Vital statistics of India. Vol. IV, Annual returns from 1871 to 1876. British Army of India, Native Army and jails of Bengal
Year: 1871
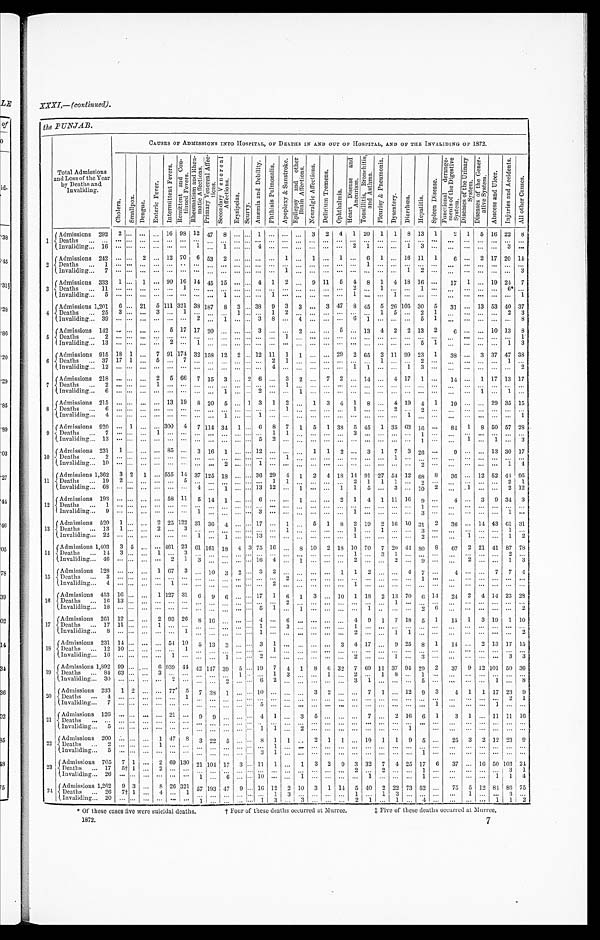
the PUNJAB,
Total Admissions
and Loss of the Year
by Deaths and
Invaliding.
CAUSES OF ADMISSIONS INTO HOSPITAL, OF DEATHS IN AND OUT OF HOSPITAL, AND OF THE INVALIDING OF 1872.
Chol e r a . S ma l l p o x . D e n g u e .
E n t e r i c F e v e r .
I n t e r m i t t e n t F e v e r s .
R e m i t t e n t a n d C o n t i n u e d F e v e r s .
R h e u m a t i s m a n d R h e u m a t i c A f f e c t i o n s . P r i m a r y V e n e r e a l A f f e c t i o n s . S e c o n d a r y V e n e r e a l A f f e c t i o n s .
E r y s i p e l a s .
S c u r v y .
A n æ m i a a n d D e b i l i t y .
P h t h i s i s P u l m o n a l i s .
A p o p l e x y & S u n s t r o k e . E p i l e p s y a n d o t h e r B r a i n A f f e c t i o n s .
N e u r a l g i c A f f e c t i o n s .
D e l i r i u m T r e m e n s .
Op t h a l mi a .
H e a r t D i s e a s e a n d A n e n r i s m .
T o n s i l l i t i s , B r o n c h i t i s , a n d A s t h m a .
P l e u r i s y & P n e u m o n i a .
D y s e n t r y . D i a r r h œ a .
H e p a t i t i s .
S p l e e n D i s e a s e .
F u n c t i o n a l d e r a n g e m e n t s o f t h e D i g e s t i v e S y s t e m .
D i s e a s e s o f t h e U r i n a r y S y s t e m .
D i s e a s e s o f t h e G e n e r a t i v e S y s t e m .
A b s c e s s a n d U l c e r .
I n j u r i e s a n d A c c i d e n t s .
A l l o t h e r C a u s e s .
1 Admissions 292 2 ... ... ... 16 98 12 47 8 ... ... 1 ... ... ... 3 2 4 1 20 1 1 8 13 1
2 1 5 16 22 8
D e a t h s
. . .
... ...
. . . . . .
...
. . . . . .
. . . . . . . . . . . . . . . . . . . . . . . . . . . . . . ...
. . . . . .
. . . . . . . . .
. . . . . .
. . . . . . . . . . . . . . . ...
I n v a l i d i n g
1 6
.... .... . . . . . . .
...
. . . 1
. . . 1 . . . . . . 4
. . . . . . . . . . . . . . . ...
2
1
. . . . . . 1
3
. . .
. . . . . . . . . . . . 3 ...
2 Admissions 242 ... ... 2 ... 12 70 6 53 2 ... ... ... ... 1 ... 1 ... 1 ... 6 1 ... 16 11 1
6
. . . 2 17 20 14
D e a t h s
1 ... ...
. . . . . .
...
. . . . . .
. . . . . . . . . . . . . . . . . . . . . . . . . . . . . . ... . . . 1
. . . . . . . . .
. . . . . .
. . . . . . . . . . . . . . . ...
I n v a l i d i n g
7 ... ...
. . . . . .
...
. . . . . .
. . . . . . . . . . . . . . . . . . 1
. . . . . . . . . ... . . . . . .
. . . . . . 1
2
. . .
. . . . . . . . . . . . . . . 3
3 Admissions 333 1 ... 1 ... 90 16 14 45 15 ... ... 4 1 2 ... 9 11 5
4 8 1 4 18 16 ...
17 1 ... 19 24 7
D e a t h s
1 1
... ...
. . . . . .
...
1
. . . . . . . . . . . . . . . . . . . . . . . . . . . . . . . . . ... 2
. . .
1 . . . . . .
1
. . .
. . . . . . . . . . . . 6 * ...
I n v a l i d i n g
5 ... ...
. . . . . .
...
. . .
. . . . . . 1 . . . . . . . . . 1
. . . . . . . . . . . . ... 1
. . .
. . . 1 . . .
. . . . . .
. . . . . . . . . . . . . . . 1
4
Admissions 1,201 6 ... 21 5 111 321 38 187 8 3 . . . 38 9 3 3 ... 3 47 8 45 5 26 105 30 5
31 ... 13 53 40 37
Deaths
25 3 ...
. . . 3 ... 1 . . .
. . . . . . 1 . . . . . . 1 2
. . . . . . . . . ... ...
. . . 1
5 ... 2 1
. . . . . . . . . ... 2 3
I n v a l i d i n g
3 9
... ...
. . . . . .
...
. . . 2
. . . 1 . . . . . . 3
8
. . . 4
. . . . . . ...
6
1
. . . . . . . . .
5
1
. . . . . . . . . . . . . . . 8
5 Admissions 142 ... ... ... ... 5 17 17 20
. . . ... ... 3 ...
. . . 2 ... . . . 5 ... 13 4 2 2 13 2
6
. . . ... 10 13 8
Deat hs
2 ... ...
. . . . . . ... . . . . . .
. . . . . . . . . . . . . . . . . . 1 . . . ... ... ...
. . . ...
. . . . . . . . .
. . . . . . . . .
. . . . . . . . . . . . 1
I n v a l i d i n g
1 3
... ...
. . . . . . 2
. . . 1
. . . . . . . . . . . . . . . . . . . . . . . . . . . . . . ...
. . . . . .
. . . . . . . . .
5
1
. . .
. . . . . . . . . 1 3
6 Admissions 915 18 1 ... 7 91 174 32 158 12 2 ... 12 11 1 1 ... ... 29 2 65 2 11 99 23 1 38 ... 3 37 47 38
Deaths
37 17 1 ... 5 ... 7 ... ... ... ... ... ... 2 1 ...
. . . ... ... ...
. . . 1
. . . . . . 2
. . .
. . . . . . . . . . . . 1 ...
Invaliding
12 ... ...
. . . . . .
...
. . . . . .
. . . . . . . . . . . . . . . 4
. . . . . . ... ... ...
1
1
. . . . . . 1
3
. . .
. . . . . . . . . . . . . . . 2
7 Admissions 218 ... ...
. . . 2 5 66 7 15 3 ... 2 6
. . . 3 2 ... 7 2 ... 14 ... 4 17 1 ...
14 ... 1 17 13 17
Deaths
2 ... ...
. . . 1 ... . . .
. . . . . . . . . . . . . . . . . . . . . 1 ... ... ... ... ... ...
. . . . . . ... ... ...
. . . ... ... ... ... ...
I n v a l i d i n g
6 ... ...
. . . . . . ... . . .
. . . . . . 1 . . . . . . 2
. . . . . . 1
. . . . . . ...
. . . . . .
. . . . . . . . .
. . . . . .
. . . . . . 1
. . . 1 ...
8
Admissions 215 ... ...
. . . . . . 13 19 8 20 5
. . . 1 3 1 2
. . . 1 3 4 1 8 ... 4 19 4 1
19 ... ... 29 35 15
Deaths
6 ... ...
. . . . . . .
...
. . .
. . . . . . . . . ... . . . . . . . . . 1 . . .
. . . ... ... 1
. . .
. . . 2
. . .
2
. . .
. . . . . .
. . . ... ... ...
I n v a l i d i n g
4 ... ...
. . . . . .
...
. . .
. . . . . . 1 . . . . . . 1
. . . . . . . . . . . . . . . ...
. . . . . .
. . . . . . 1
. . . . . .
. . . . . . . . . . . . . . .
1
9
Admissions 920 ... 1
. . . ... 300 4 7 114 34 1 ... 6 8 7 1 5 1 38 5 45 1 35 63 16 ...
84 1 8 50 57 28
D e a t h s
7 ... ...
. . . 1 ...
. . .
. . . . . . . . . . . . . . . . . . 1
1
. . . . . . . . . ...
3
. . .
. . . . . . . . .
1
. . .
. . . . . . . . . . . . . . . ...
Invaliding
13 ... ... ... ... ...
. . . ... ...
. . . . . . . . . 5 2 ...
. . . . . . . . . ...
. . . . . .
. . . . . . . . . l
. . .
. . . 1 ... 1 . . . 3
10 Admissions 231 1 ... ... ... 85
. . . 3 16 1 ... ... 12 ... ...
. . . 1 1 2 ... 3 1 7 3 26 ...
9 ... ... 13 30 17
D e a t h s
2 ......
. . . . . .
...
. . .
. . . . . . . . . . . . . . . . . . . . . 1
. . . . . . . . . ... . . . . . .
. . . 1 . . .
. . . . . .
. . . . . . . . . ... ... ...
I n v a l i d i n g
1 0 ......
. . . . . .
...
. . .
. . . . . . 2 . . . . . . 1
. . . . . . . . . . . . ... ... ... ...
. . . ...
. . .
2
. . .
. . . . . . . . . . . . 1 4
11 Admissions 1,362 3 2 1 ... 555 14 37 125 18 ... ... 36 29 4 1 2 4 18 14 91 27 54 12 68 8
36 ... 12 52 44 95
D e a t h s
1 9 2...
. . . . . .
...
5
. . . . . . . . . . . . . . . . . . 1
1
. . . . . . . . . ...
2
1
1 1 . . .
2
. . .
. . . . . . . . . . . . 2 1
Invaliding
68 ... ... ...
. . . ...
. . . 4 ... 1 ... ... 13 12 ... 1 ... ... 1 1 5 ... 3 ... 10 2
. . . 1
. . . . . . 2 12
12
Admissions 193 ... ...
. . . . . . 58 11 5
1 4 1 . . . . . . 6
. . . . . . 1
. . . . . . 2 1
4
1 11 16
9
. . .
4 . . . 3 9
3 4 3
Deaths
1
... ... ...
... ... ...
. . . . . . . . . ... ... ...
. . . ...
. . . ... ... ... . . . . . . . . .
. . . . . . 1 ...
. . . . . . . . .
. . . . . . ...
Invaliding 9 ... ...
. . . . . .
...
. . .
1 . . . ... ... . . . 3
. . . . . . . . . . . . . . . ... 1
. . .
. . . . . . . . .
3
. . .
. . . . . . . . . . . . 1 ...
13
Admissions 520 1 ...
. . . 2 25 122 31 36 4 . . . ... 17 ... 1
. . . 5 1 8 2 19 2 16 10
3 1 2
36 ... 14 43 61 31
Deaths
13 1 ....
. . . 2 ... 3
. . . . . . . . . . . . . . . . . . . . . 1
. . . . . . ... ...
1
. . .
1 . . . . . .
3
. . .
. . . . . . . . . . . . 1
. . .
I n v a l i d i n g
2 2 ... ...
. . . . . .
...
. . .
1 . . . 1 . . . . . . 1 3 . . . . . . . . . . . . . . . ...
1
. . .
. . . . . . . . .
2
. . .
. . . 1
. . . . . . 1 2
14
Admissions 1,403 3 5 ... ... 461 23 61 161 18 4 3 75 16 ... 8 10 2 18 10 70 7 20 44
8 0 8
67 2 21 41 87 78
D e a t h s 14 3 ... ... 1 ... 3 ...
. . . . . . . . . . . . . . . . . . . . . . . . . . . . . . ...
1
. . .
3 1 . . .
. . . . . .
. . . . . . . . . . . . 2 ...
I n v a l i d i n g
4 6 ......
. . . . . .
2
1
3 . . . . . . . . . . . . 1 6 4
. . . 1
. . . . . . ...
2
. . .
. . . 2 . . .
9
. . .
. . . 2 ... ... 1 3
15
Admissions 128 ... ... ... 1 67 3
. . . 10 3 2 ... 3 2
. . . . . . . . . . . . 1 1 2
. . . . . . 4 7 ...
4
. . . ... 7 7 4
Deaths
3 ... ...
. . . ... ... ...
...
...
. . . . . . . . . . . .
. . . 2 ... ... ... ... . . . . . . ... ...
. . .
1
. . .
. . . . . . . . . ... ... ...
Invaliding
4 ... ...
. . . . . .
1
. . .
. . . . . . . . . . . . . . . . . . 2
. . . . . . . . . . . . ... 1
. . .
. . . . . . . . .
. . . . . .
. . . . . . ... ... ... ...
16 Admissions 453 16 ... ... 1 127 31 6 9 6
. . . ... 17 1
6 1 3
. . . 10 1 18 2 13 70 6 14
24 2 4 14 23 28
D e a t h s
1 6
13 ...
. . . . . .
...
. . .
. . . . . . . . . ... . . . . . . . . . 2
. . . . . . . . . ...
. . . . . .
. . . 1 . . .
. . . . . .
. . . . . . . . . ... . . . ...
I nval i di ng
1 8
... ...
. . . . . .
...
. . .
. . . . . . . . . . . . . . . 5
1
. . . 1
. . . . . . ...
. . . 1
. . . . . . . . .
2
6
. . . . . . . . . . . . . . . 2
17
Admissions 261 12 .. . ... 2 93 26 8 16
. . . ... ... 4
. . . 6
. . . . . . . . .
...
4 9 1 7 18 5 1
15 1 3 19 1 10
Deat hs
1 7
11 ...
. . . 1 ...
. . .
. . . . . . . . . . . . . . . 1
. . . 3
. . . . . . . . .
...
1
. . .
. . . . . . . . .
. . . . . .
. . . . . . . . . . . . . . . ...
I n v a l i d i n g
8 ... ...
. . . . . .
...
1
. . . . . . . . . . . . . . . 1
. . . ... ... ... ... ...
2
. . .
. . . 1 1
. . . . . .
. . . . . . . . . . . . . . . 2
18 Admissions 231 14 ... ... ... 54 10 5 13
3 . . . . . . 3
1
. . . . . . . . . . . . 3 4 17
. . . 9 25 8 1
14
. . . 2 13 17 15
Deaths
12 10 ... ... ... ... 1
. . . . . . . . . . . . . . . . . . 1
. . . . . . . . .
...
...
. . . . . .
... ... . . . ... ... ...
... ...
. . . . . . ...
Invaliding
16 ... ... ... ... 1 ... ... ... 1 ... . . . 2
. . . . . . . . . . . . . . . ...
2
. . .
. . . 1 . . .
3
. . . . . .
. . . . . . . . . 3 3
19
Admissions 1,892 99 ... ... 6 939 44 42 147 39 5 . . . 19 7 4 1 8 6 32 7 69 11 37 94 29 2
37 9 12 101 50 36
Deaths
84 63 ...
. . . 3 ...
. . .
. . . . . . . . . 1 . . . . . . 1
3
. . . . . . 1 ...
2
. . .
1 8 . . .
1
. . .
. . . . . . . . . . . . . . . ...
I n v a l i d i n g
3 0
... ...
. . . . . .
2
. . .
. . . . . . 2 . . . . . . 6
2
. . . . . . . . . . . .
...
3
1
. . . . . . . . .
5
. . .
. . . . . . . . . 1 . . . 8
20
A d m i s s i o n s 233 1 2 ... ...
7 7 5 7 38 1 . . . ... 10 ...
. . . . . . 3 2 ...
. . . 7
1 . . . 1 2 9 3
4 1 1 17 23 9
D e a t h s 4
..: ... ... ...
. . . 1 ... ... ... ... . . . ... ...
...
... ...
. . .
... ... ... . . . ... ... . . .
. . .
...
. . . . . . . . . 2 1
I n v a l i d i n g 7 ... ...
. . . . . . . . . . . . . . . . . . . . . . . . . . . 5
. . . . . . . . . . . . . . .
...
. . . . . .
. . . . . . . . .
. . . 1
. . . . . . . . . 1 . . . ...
21
Admissions 126 ... ...
...
. . . 2 1
. . . 9 9 . . . . . . . . . 4 1 ... 3 5
. . .
...
. . . 7 ... 2 16 6 1
3 1 ... 11 11 16
D e a t h s
. . .
... ...
. . . . . . ... . . .
. . . . . . . . . . . . . . . . . . . . . . . . . . . . . . . . .
...
. . . . . .
. . . . . . . . .
. . . . . .
. . . . . . . . . . . . . . . ...
Invaliding
5 ... ...
. . . . . . ... . . .
. . . . . . . . . . . . . . . 1
1
. . . 2 . . . . . . ...
. . . . . . . . . . . . 1
. . .
. . . . . . . . . . . . . . . ...
2 2 Admission 200 ... ... ... 1 47 8 3 22 5
. . . . . . 8 1 1
. . . 2 1 1 ... 10 1 1 9 5 ...
25 3 2 12 23
9
D e a t h s
2 ... ...
. . . 1 ... . . .
. . . . . . . . . ... . . . . . . 1
. . . ...
. . . . . . ... . . . . . .
. . . . . . . . .
. . . . . .
. . . . . . . . . . . . . . . ...
I n v a l i d i n g
5 ... ...
. . . . . . ... . . .
. . . . . . . . . . . . . . . 3
1
. . . . . . . . . . . . ... . . . . . .
. . . . . . . . .
1 . . . ... ...
. . . ... ... ...
23
Admissions 705 7 1 . . . 2 69 130
2 1
104 17 3 . . . 11 1 ... 1 3 2 9 3 32 7 4 25 17 6
37 ... 16 50 103 24
Deaths
17 5† 1 ... 2 ... ...
. . . . . . . . . . . . . . . . . . . . . . . . . . . . . . . . . ... 2
. . .
2 . . . . . .
1
. . .
. . . . . . . . . . . . 3 1
I n v a l i d i n g
2 6 ......
. . . . . . ... . . .
1 . . . 6 . . . . . . 1 0 . . . . . . 1
. . . . . . ... . . . 1
. . . . . . . . .
1
. . .
. . . . . . . . . 1 1 4
24
Admissions 1,262 9 3
. . . 8 2 6 321
5 7 1 9 3 4 7 9 . . . 16 12 2 10 3 1 14 5 40 2 22 73 52 ...
75
5 12 84 86 75
Deaths
26
7 † 1 ... 4
. . . 1
. . . . . . . . . . . . . . . . . . 1
3
. . . . . . . . .
...
1
. . .
1 3
. . . . . . . . .
. . . 1
. . . . . . 3 ...
I n v a l i d i n g
2 0 ... ... ... ... ...
. . . 1 ... ... ... . . . 1 3 ...
3
. . . ... ...
2
1
. . . 1
. . . 4
. . .
. . . . . . . . . 1
1 2
* Of these cases five were suicidal deaths. † Four of these deaths occurred at Murree. ‡ Five of these deaths occurred at Murree.
1872.
7